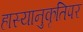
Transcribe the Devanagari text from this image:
हास्यानुकृतिपर